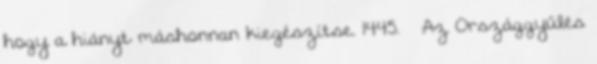
hogy a hiányt máshonnan kiegészítse. 1445. – Az Országgyűlés